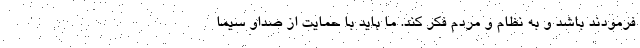
فرمودند باشد و به نظام و مردم فکر کند. ما باید با حمایت از صداو سیما